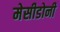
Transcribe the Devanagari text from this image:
मेसीडोनी